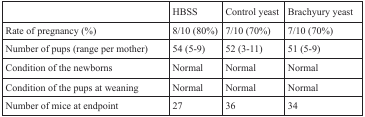
|  | HBSS | Control yeast | Brachyury yeast |
 | --- | --- | --- | --- |
 | Rate of pregnancy (%) | 8/10 (80%) | 7/10 (70%) | 7/10 (70%) |
 | Number of pups (range per mother) | 54 (5-9) | 52 (3-11) | 51 (5-9) |
 | Condition of the newborns | Normal | Normal | Normal |
 | Condition of the pups at weaning | Normal | Normal | Normal |
 | Number of mice at endpoint | 27 | 36 | 34 |